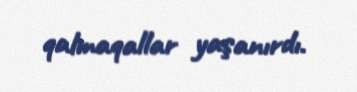
qalmaqallar yaşanırdı.